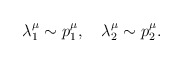
\begin{align*}\lambda _1^\mu \sim p_1^\mu ,\quad \lambda _2^\mu \sim p_2^\mu .\end{align*}